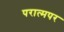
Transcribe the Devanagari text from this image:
परात्मपर